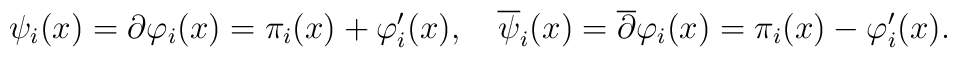
\psi_i(x) = \partial\varphi_i(x) = \pi_i(x)+\varphi'_i(x),\ \ \   {\overline\psi}_i(x) = {\overline\partial}\varphi_i(x) =\pi_i(x)-\varphi'_i(x).